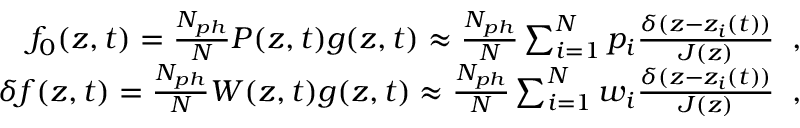
\begin{array} { r } { f _ { 0 } ( z , t ) = \frac { N _ { p h } } { N } P ( z , t ) g ( z , t ) \approx \frac { N _ { p h } } { N } \sum _ { i = 1 } ^ { N } p _ { i } \frac { \delta ( z - z _ { i } ( t ) ) } { J ( z ) } \; \; , } \\ { \delta f ( z , t ) = \frac { N _ { p h } } { N } W ( z , t ) g ( z , t ) \approx \frac { N _ { p h } } { N } \sum _ { i = 1 } ^ { N } w _ { i } \frac { \delta ( z - z _ { i } ( t ) ) } { J ( z ) } \; \; , } \end{array}